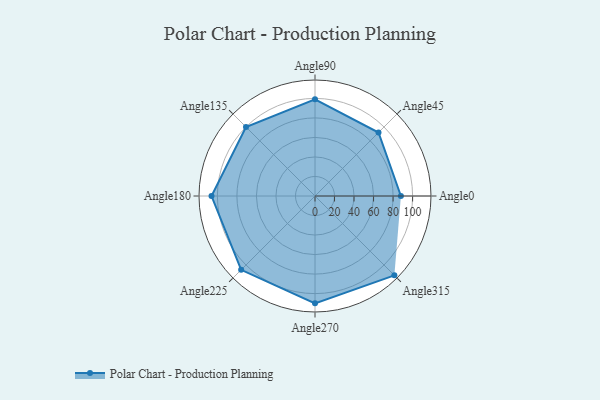
{"axis": {"x": "Angle", "y": "Radius"}, "legend": [""], "data": [{"x": "Angle0", "y": 88.0, "type": ""}, {"x": "Angle45", "y": 92.0, "type": ""}, {"x": "Angle90", "y": 99.0, "type": ""}, {"x": "Angle135", "y": 100.0, "type": ""}, {"x": "Angle180", "y": 106.0, "type": ""}, {"x": "Angle225", "y": 107.0, "type": ""}, {"x": "Angle270", "y": 110.0, "type": ""}, {"x": "Angle315", "y": 115.0, "type": ""}]}